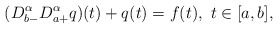
\begin{align*}( D^\alpha_{b-} D^\alpha_{a+} q)(t)+q(t) = f(t), \ t\in [a,b],\end{align*}